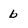
Character: b